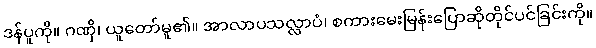
ဒန်ပူကို။ ဂဏှိ၊ ယူတော်မူ၏။ အာလာပသလ္လာပံ၊ စကားမေးမြန်းပြောဆိုတိုင်ပင်ခြင်းကို။